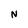
Character: N